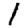
Digit: 1